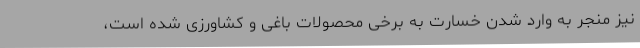
نیز منجر به وارد شدن خسارت به برخی محصولات باغی و کشاورزی شده است،